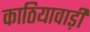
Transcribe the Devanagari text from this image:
काठियावाड़ी